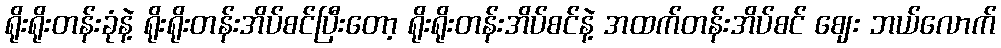
ရိုးရိုးတန်းခုံနဲ့ ရိုးရိုးတန်းအိပ်စင်ပြီးတော့ ရိုးရိုးတန်းအိပ်စင်နဲ့ အထက်တန်းအိပ်စင် ဈေး ဘယ်လောက်